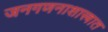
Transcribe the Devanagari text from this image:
जनगणनाशास्त्रात